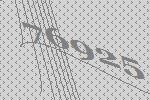
76925